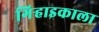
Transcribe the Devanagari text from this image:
गिऱ्हाइकाला